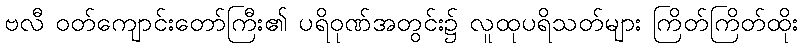
ဗလီ ဝတ်ကျောင်းတော်ကြီး၏ ပရိဝုဏ်အတွင်း၌ လူထုပရိသတ်များ ကြိတ်ကြိတ်ထိုး